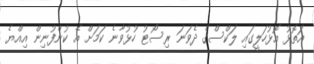
އަތޮޅު އޮޅުހަލީގައި ލަކްސްގެ ދެވަނަ ރިސޯޓު ހުޅުވާނެ ކަމަށް އެ ކުންފުނިން އިއްޔެ